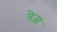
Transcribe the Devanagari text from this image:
पेजा